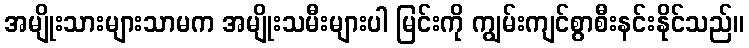
အမျိုးသားများသာမက အမျိုးသမီးများပါ မြင်းကို ကျွမ်းကျင်စွာစီးနင်းနိုင်သည်။